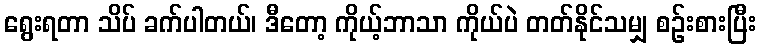
ရွေးရတာ သိပ် ခက်ပါတယ်၊ ဒီတော့ ကိုယ့်ဘာသာ ကိုယ်ပဲ တတ်နိုင်သမျှ စဉ်းစားပြီး